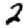
Digit: 2